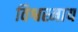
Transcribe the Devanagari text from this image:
विश्वस्माय